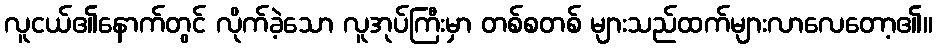
လူငယ်၏နောက်တွင် လိုက်ခဲ့သော လူအုပ်ကြီးမှာ တစ်စတစ် များသည်ထက်များလာလေတော့၏။